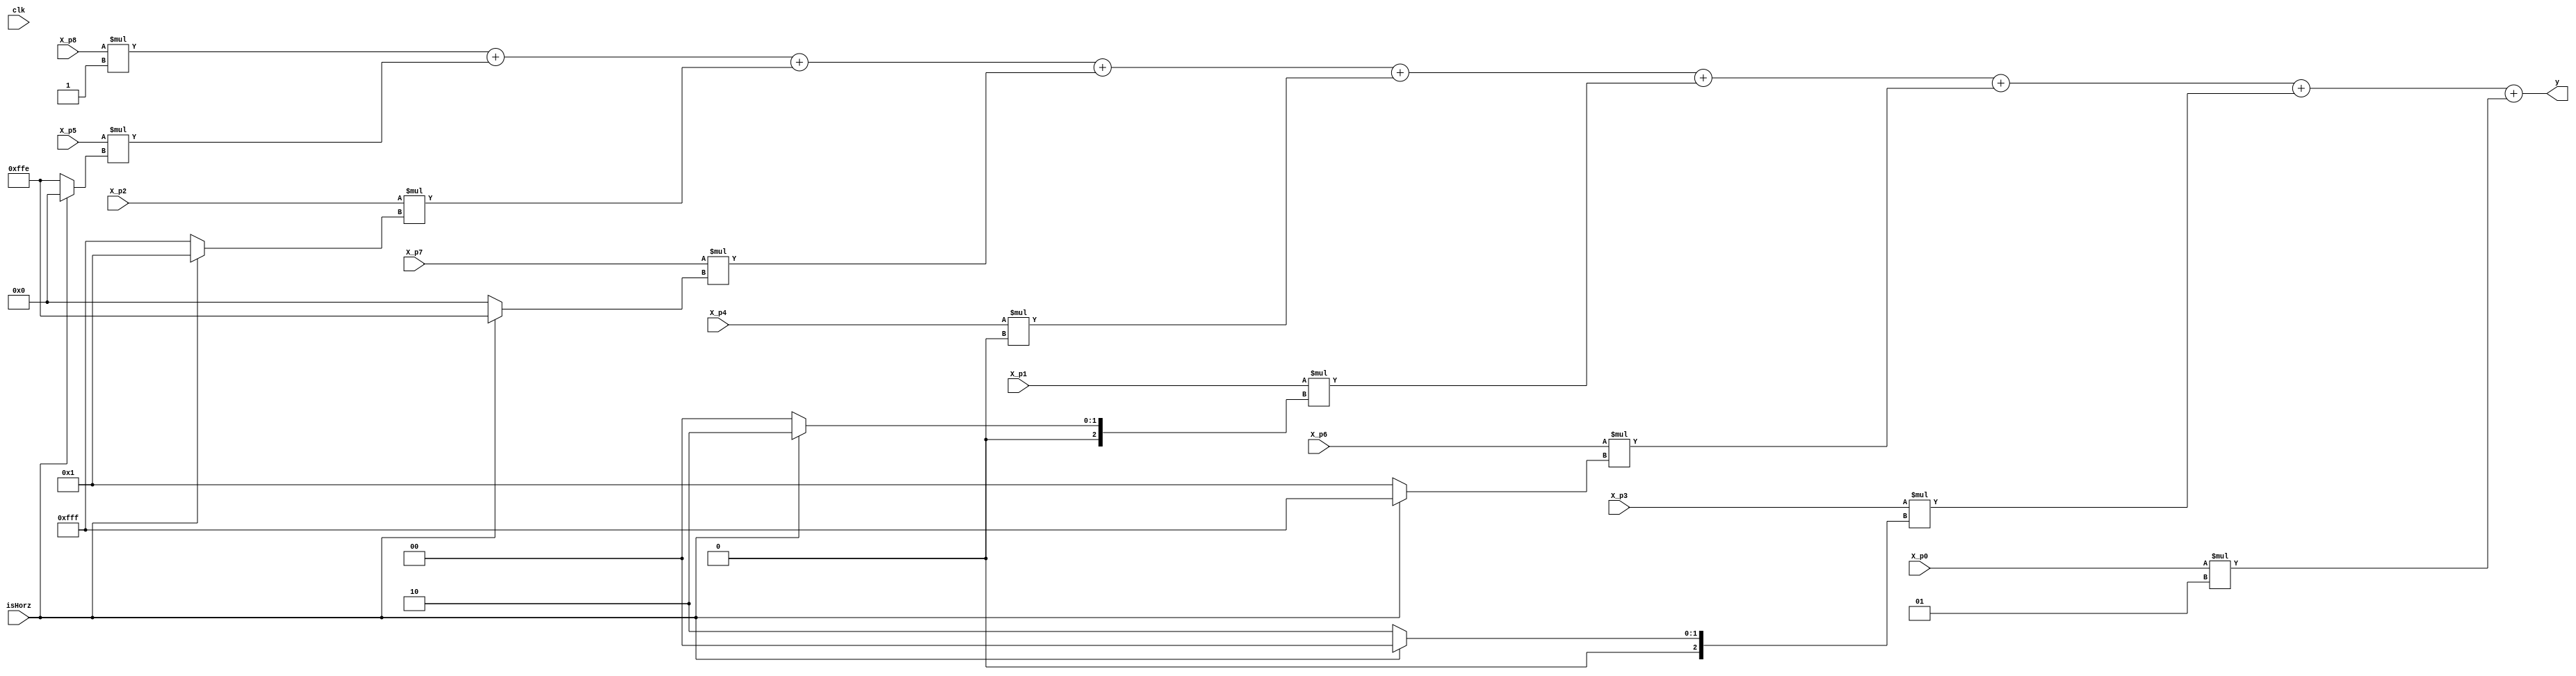
/* Convolution Sobel Filter
 * -
 * Sobel filter for convolution, takes 
 * in x values
 * puts out y values
 */
module Convolution_Filter(	input clk,
				input isHorz,
				input signed [11:0] X_p0,	//input[11:0] X_INn1n1,
				input signed [11:0] X_p1, //input[11:0] X_INz0n1,
				input signed [11:0] X_p2, //input[11:0] X_INp1n1,
				input signed [11:0] X_p3, //input[11:0] X_INn1z0,
				input signed [11:0] X_p4, //input[11:0] X_INz0z0,
				input signed [11:0] X_p5, //input[11:0] X_INp1z0,
				input signed [11:0] X_p6, //input[11:0] X_INn1p1,
				input signed [11:0] X_p7, //input[11:0] X_INz0p1,
				input signed [11:0] X_p8, //input[11:0] X_INp1p1,
				output signed [11:0] y
			);

	/* Convolution coefficients. The exact coefficients can be selected through
	 * the HorzSel signal.
	 *
	 * The coefficients are arranged in the array as
	 * 0, 1, 2
	 * 3, 4, 5
	 * 6, 7, 8
	 * isHorz - HIGH output horizonal filter, LOW output vertical filter
	 */
	
	// Wire declarations
	wire signed[11:0] COEFF_0;
	wire signed[11:0] COEFF_1;
	wire signed[11:0] COEFF_2;
	wire signed[11:0] COEFF_3;
	wire signed[11:0] COEFF_4;
	wire signed[11:0] COEFF_5;
	wire signed[11:0] COEFF_6;
	wire signed[11:0] COEFF_7;
	wire signed[11:0] COEFF_8;
	
	// Coeffficient 0
	assign COEFF_0 =	-12'd1;

	// Coefficient 1
	assign COEFF_1 =	isHorz ? -12'd2 : 12'd0;

	// Coefficient 2
	assign COEFF_2 =	isHorz ? -12'd1 : 12'd1;

	// Coefficient 3
	assign COEFF_3 =	isHorz ? 12'd0 : -12'd2;

	// Coefficient 4
	assign COEFF_4 =	12'd0;

	// Coefficient 5
	assign COEFF_5 =	isHorz ? 12'd0 : 12'd2;

	// Coefficient 6
	assign COEFF_6 =	isHorz ? 12'd1 : -12'd1;

	// Coefficient 7
	assign COEFF_7 =	isHorz ? 12'd2 : 12'd0;
	
	// Coefficient 8
	assign COEFF_8 =	12'd1;

	/* The actual convolution
	 * This convolution is completely combinational
	 */
	assign y =	X_p8 * COEFF_0 +
			X_p5 * COEFF_3 +
			X_p2 * COEFF_6 +
			X_p7 * COEFF_1 +
			X_p4 * COEFF_4 +
			X_p1 * COEFF_7 +
			X_p6 * COEFF_2 +
			X_p3 * COEFF_5 +
			X_p0 * COEFF_8;

endmodule